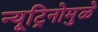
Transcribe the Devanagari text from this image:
न्यूट्रिनोमुळे